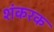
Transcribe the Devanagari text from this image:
शंकरक